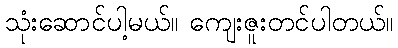
သုံးဆောင်ပါ့မယ်။ ကျေးဇူးတင်ပါတယ်။